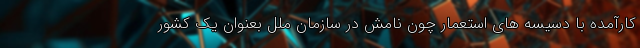
کارآمده با دسیسه های استعمار چون نامش در سازمان ملل بعنوان یک کشور